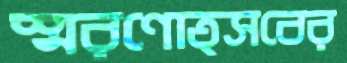
স্মরণোত্সবের